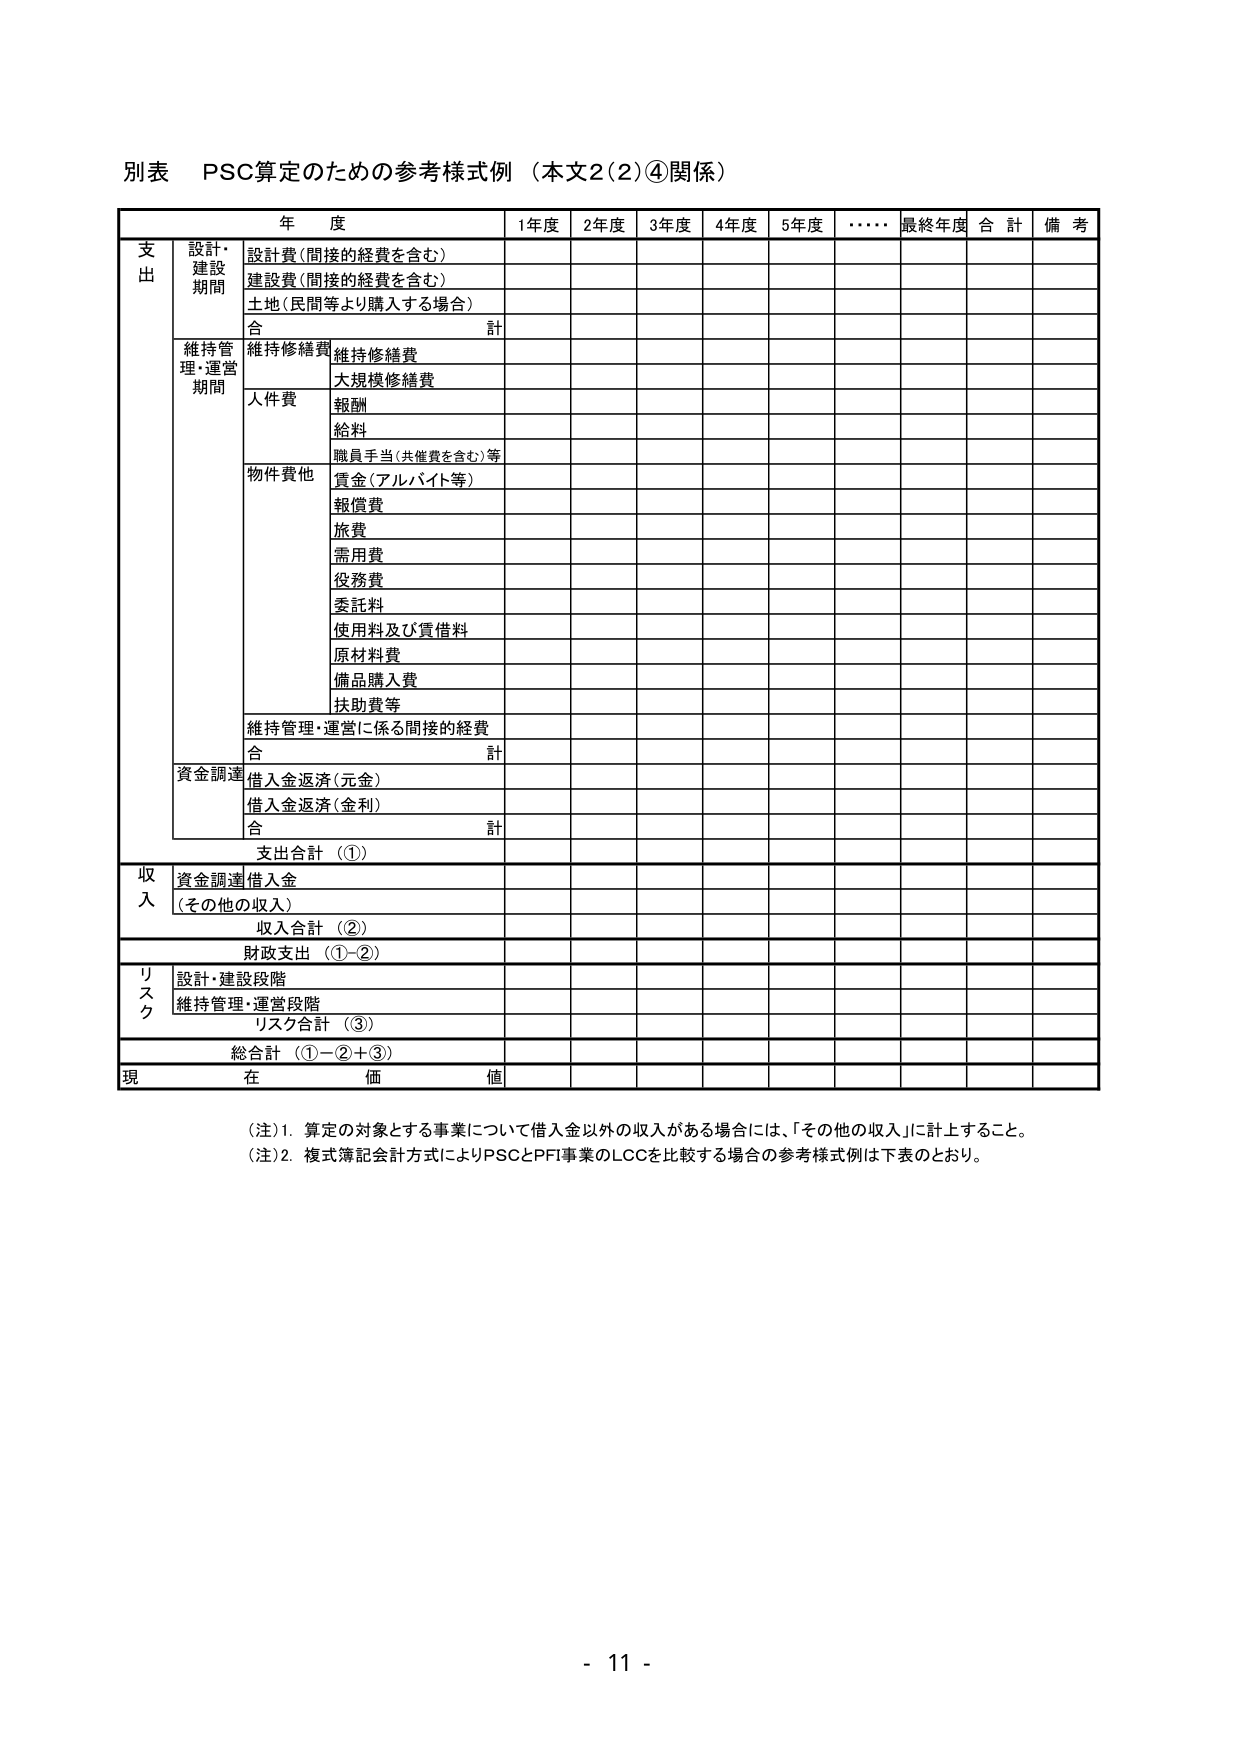
別表　PSC算定のための参考様式例（本文2(2)④関係）

年　度　　　　　　　　　1年度　2年度　3年度　4年度　5年度　････　最終年度　合　計　備　考

支
出
　設計・
　建設
　期間
　　設計費（間接的経費を含む）
　　建設費（間接的経費を含む）
　　土地（民間等より購入する場合）
　　合　　計

　維持管
　理・運営
　期間
　　維持修繕費
　　　維持修繕費
　　　大規模修繕費
　　人件費
　　　報酬
　　　給料
　　　職員手当（共催費を含む）等
　　物件費他
　　　賃金（アルバイト等）
　　　報償費
　　　旅費
　　　需用費
　　　役務費
　　　委託料
　　　使用料及び賃借料
　　　原材料費
　　　備品購入費
　　　扶助費等
　　維持管理・運営に係る間接的経費
　　合　　計

　資金調達
　　借入金返済（元金）
　　借入金返済（金利）
　　合　　計

　支出合計　（①）

収
入
　資金調達　借入金
　（その他の収入）
　収入合計　（②）

　財政支出　（①－②）

リ
ス
ク
　設計・建設段階
　維持管理・運営段階
　リスク合計　（③）

　総合計　（①－②＋③）

現　　在　　価　　値

（注）1．算定の対象とする事業について借入金以外の収入がある場合には、「その他の収入」に計上すること。
（注）2．複式簿記会計方式によりPSCとPFI事業のLCCを比較する場合の参考様式例は下表のとおり。

- 11 -